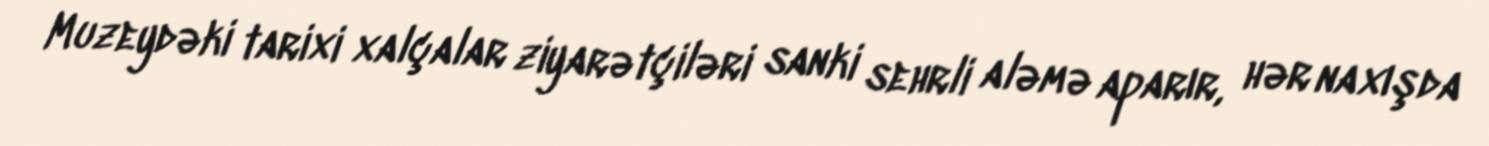
Muzeydəki tarixi xalçalar ziyarətçiləri sanki sehrli aləmə aparır, hər naxışda